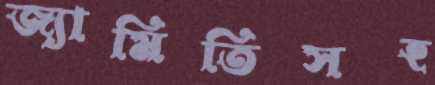
জ্যামিতিসহ